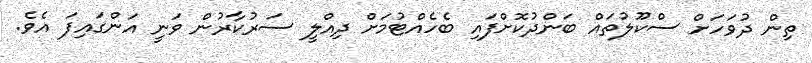
ތިން ދުވަހަށް ސްކޫލުތައް ބަންދުކޮށްފައި ބެހެއްޓުމަށް ދިއްލީ ސަރުކާރުން ވަނީ އަންގައިފަ އެވެ.